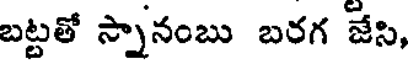
బట్టతో స్నానంబు బరగ జేసి,